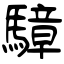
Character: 騿